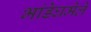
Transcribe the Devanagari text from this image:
भांडेघमेले